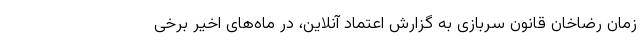
زمان رضاخان قانون سربازی به گزارش اعتماد آنلاین، در ماه‌های اخیر برخی